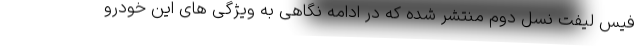
فیس لیفت نسل دوم منتشر شده که در ادامه نگاهی به ویژگی های این خودرو